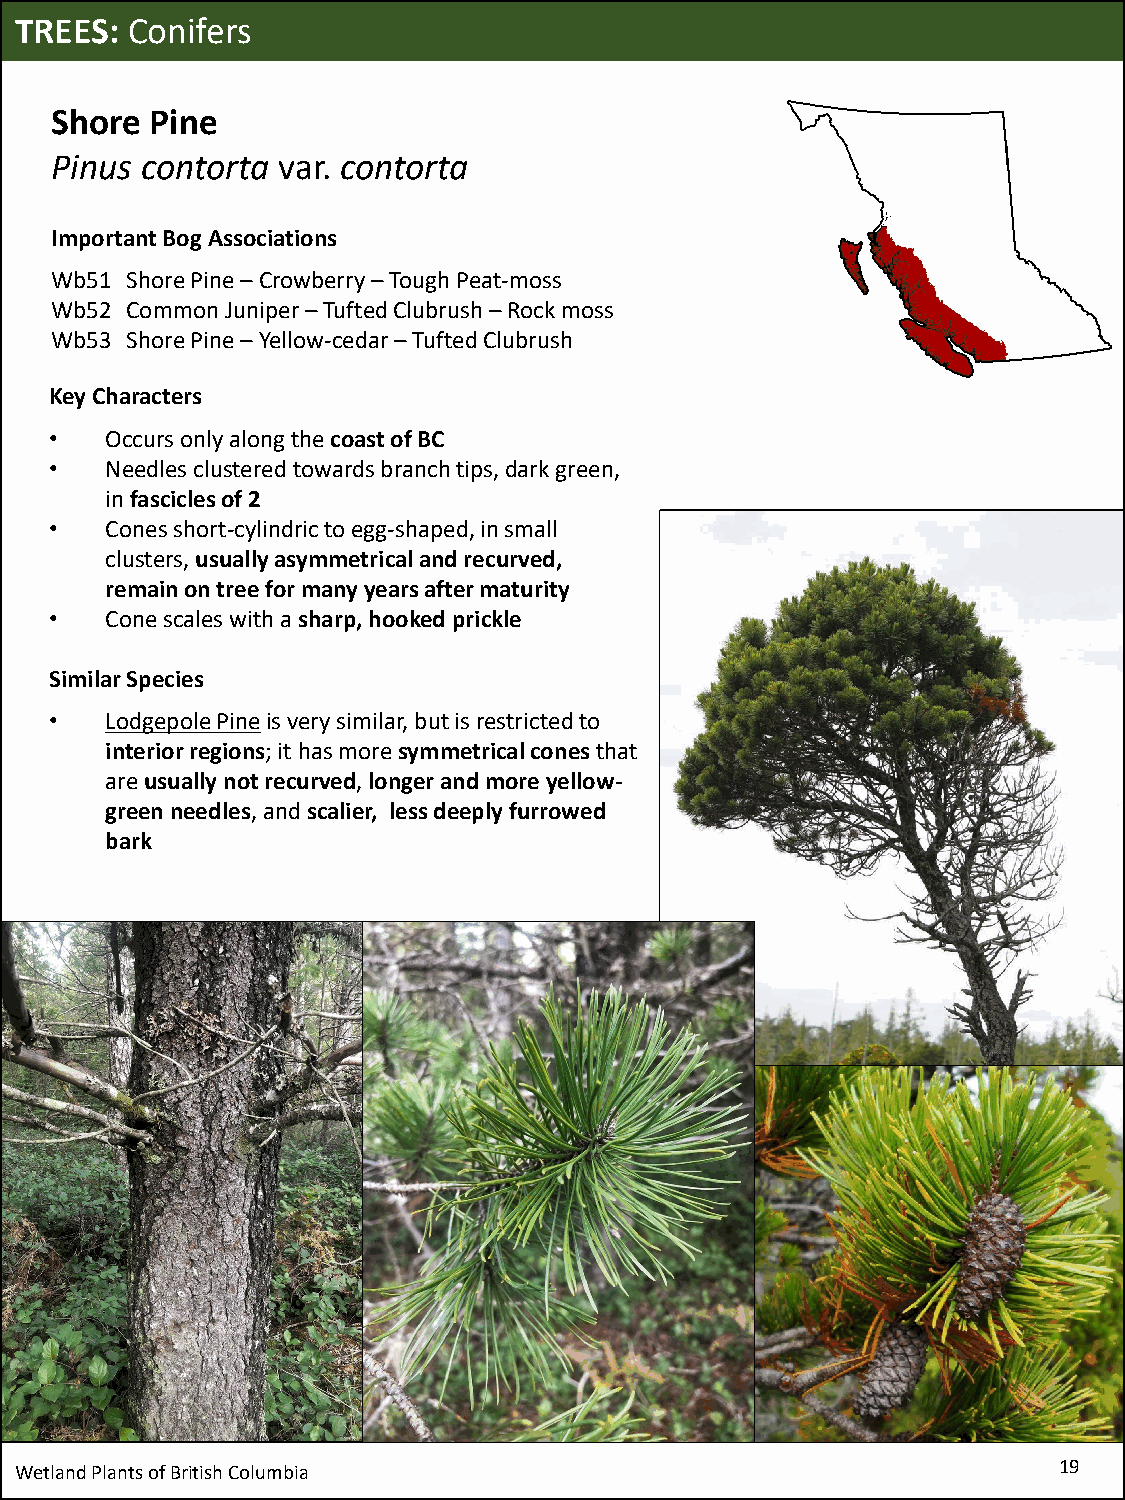
TREES: Conifers
 Shore  Pine
 Pinus contorta var. contorta
 Important Bog Associations
 Wb51 Shore Pine –Crowberry –Tough Peat-moss
 Wb52 Common Juniper –Tufted Clubrush–Rock moss
 Wb53 Shore Pine –Yellow-cedar –Tufted Clubrush
 Key Characters
 •   Occurs only along the coast of BC
 •   Needles clustered towards branch tips, dark green,
 in fascicles of 2
 •   Conesshort-cylindricto egg-shaped,in small
 clusters, usually asymmetrical and recurved,
 remain on tree for many years after maturity
 •   Cone scales with a sharp, hooked prickle
 Similar Species
 •   LodgepolePineis very similar, but is restricted to
 interior regions; it has more symmetrical cones that
 are usually not recurved, longer and more yellow-
 green needles, and scalier, less deeply furrowed
 bark
 Wetland Plants of British Columbia                                   19